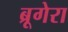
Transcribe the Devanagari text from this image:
ब्रूगेरा